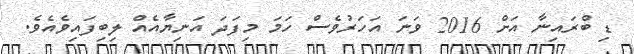
ޑި ބްރައިނާ އަށް 2016 ވަނަ އަހަރުވެސް ހަމަ މިފަދަ އަނިޔާއެއް ލިބިފައިވެއެވެ.